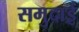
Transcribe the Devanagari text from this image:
समुदाई